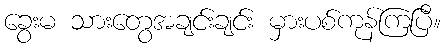
ခွေးမ သားတွေအချင်းချင်း မှားပစ်ကုန်ကြပြီ။